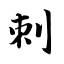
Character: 刺